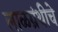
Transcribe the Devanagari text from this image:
लाळग्रंथीचे